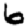
Digit: 6